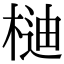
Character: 𣔴